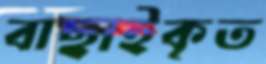
বাছাইকৃত